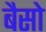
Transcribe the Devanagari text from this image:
बैसो